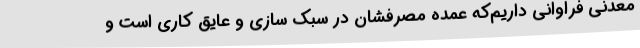
معدنی فراوانی داریم‌که عمده مصرفشان در سبک سازی و عایق کاری است و